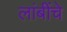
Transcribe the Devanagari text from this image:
लांबींचे